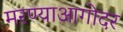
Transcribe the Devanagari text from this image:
मरण्याआगोदर